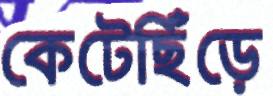
কেটেছিঁড়ে